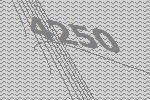
4250